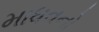
માધવનો